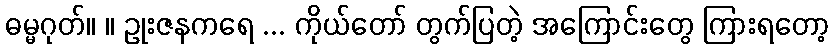
ဓမ္မဂုတ်။ ။ ဥုးဇနကရေ ... ကိုယ်တော် တွက်ပြတဲ့ အကြောင်းတွေ ကြားရတော့